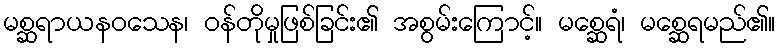
မစ္ဆရာယနဝသေန၊ ဝန်တိုမှုဖြစ်ခြင်း၏ အစွမ်းကြောင့်။ မစ္ဆေရံ၊ မစ္ဆေရမည်၏။